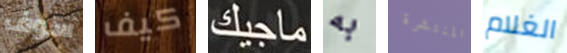
سوف كيف ماجيك به المنتشرة الغلام